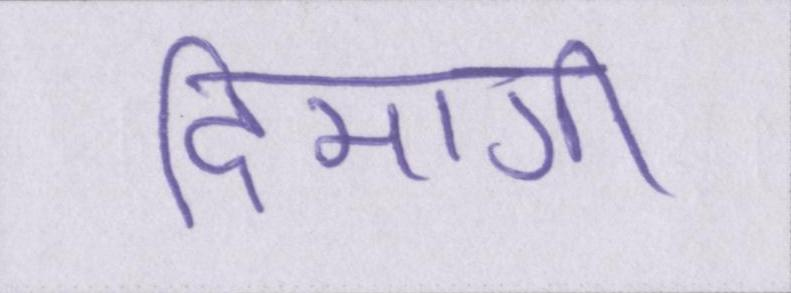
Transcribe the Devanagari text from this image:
दिमागी